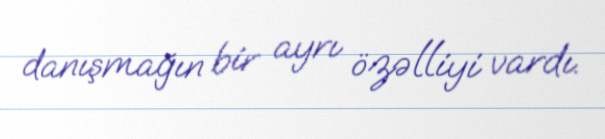
danışmağın bir ayrı özəlliyi vardı.